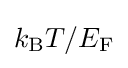
k_{\rm {B}}T/E_{\rm {F}}